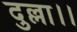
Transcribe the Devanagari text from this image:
दुल्ला।।